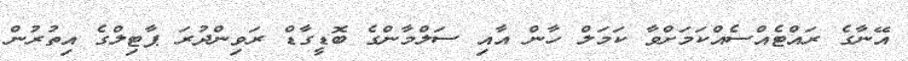
އޭނާގެ ރައްޓެއްސެއްކަމަށްވާ ކަމަލް ހާން އާއި ސަލްމާންގެ ބޮޑީގާޑް ރަވިންދުރަ ޕާޓިލްގެ އިތުރުން